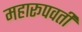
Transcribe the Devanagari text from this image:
महारूपवती